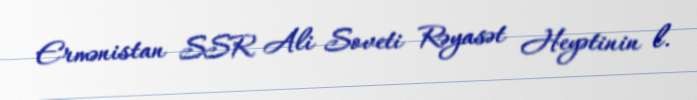
Ermənistan SSR Ali Soveti Rəyasət Heyətinin l.